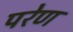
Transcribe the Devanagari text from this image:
परेण